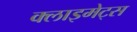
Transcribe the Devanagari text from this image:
क्लाइमेट्स